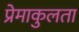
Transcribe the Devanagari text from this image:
प्रेमाकुलता